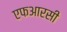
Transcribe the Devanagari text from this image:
एफआरसी